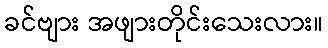
ခင်ဗျား အဖျားတိုင်းသေးလား။